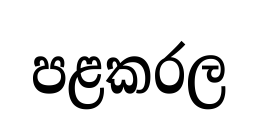
පළකරල